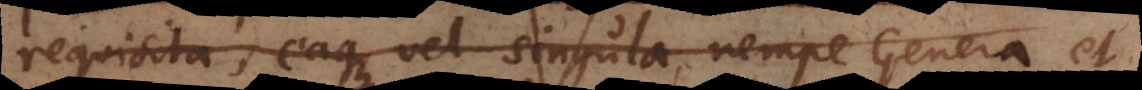
requisita, eaque vel singula, nempe Genera et